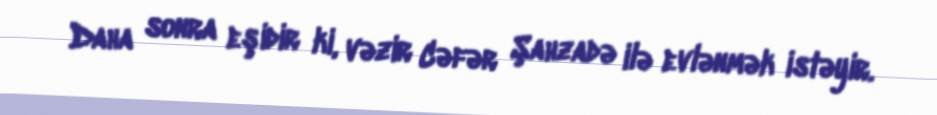
Daha sonra eşidir ki, vəzir Cəfər Şahzadə ilə evlənmək istəyir.